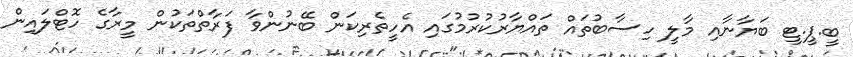
ބީ.ޕީ.ޓީ ބަޔާނާއި މާލީ ހިސާބުތައް ތައްޔާރުކުރުމުގައި އެހީތެރިކަން ބޭނުންވާ ފަރާތްތަކުން މީރާގެ ހޮޓްލައިން